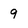
Character: 9